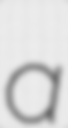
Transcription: a